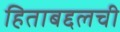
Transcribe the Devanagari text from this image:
हिताबद्दलची